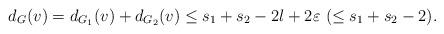
LaTeX: \begin{align*}d_{G}(v) = d_{G_{1}}(v) + d_{G_{2}}(v) \le s_{1} + s_{2} - 2l + 2\varepsilon \ (\le s_{1} + s_{2} - 2). \end{align*}